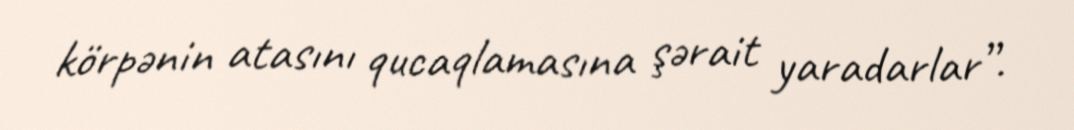
körpənin atasını qucaqlamasına şərait yaradarlar”.